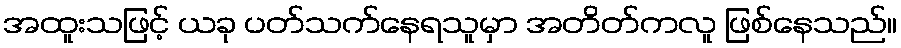
အထူးသဖြင့် ယခု ပတ်သက်နေရသူမှာ အတိတ်ကလူ ဖြစ်နေသည်။